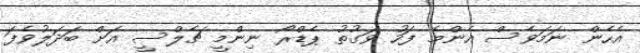
އެހެން ނަމަވެސް އެންމެ ފަހު ވަގުތު ޕެޑްރޯ ނިންމީ ޗެލްސީ އަށް ބަދަލުވެފަ